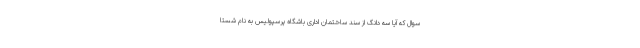
سوال که آیا سه دانگ از سند ساختمان اداری باشگاه پرسپولیس به نام شستا